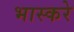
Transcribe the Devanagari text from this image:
भास्करे